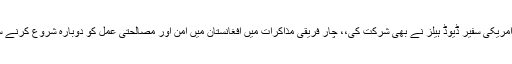
مذاکرات میں پاکستان میں تعینات امریکی سفیر ڈیوڈ ہیلز نے بھی شرکت کی،، چار فریقی مذاکرات میں افغانستان میں امن اور مصالحتی عمل کو دوبارہ شروع کرنے سے متعلق اقدامات پر غور کیا گیا۔